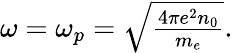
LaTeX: \begin{array}{r}{\omega=\omega_{p}=\sqrt{\frac{4\pi e^{2}n_{0}}{m_{e}}}.}\end{array}